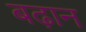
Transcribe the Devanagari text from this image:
बढ़ान